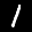
Label: 1